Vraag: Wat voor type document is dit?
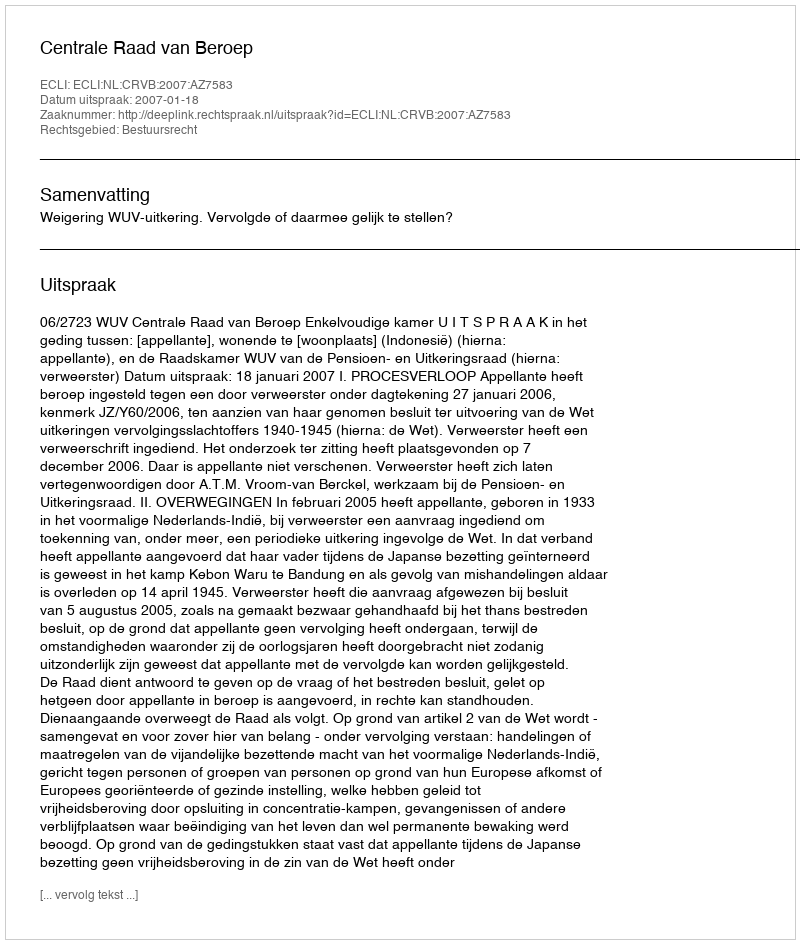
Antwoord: Uitspraak